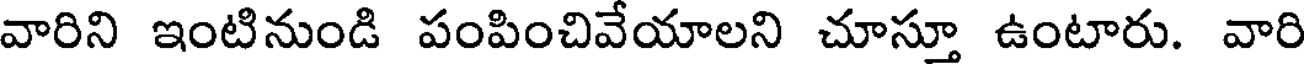
వారిని ఇంటినుండి పంపించివేయాలని చూస్తూ ఉంటారు. వారి